Vaccination in Burma 1889-1999 - 1889-1999
Year: 1889
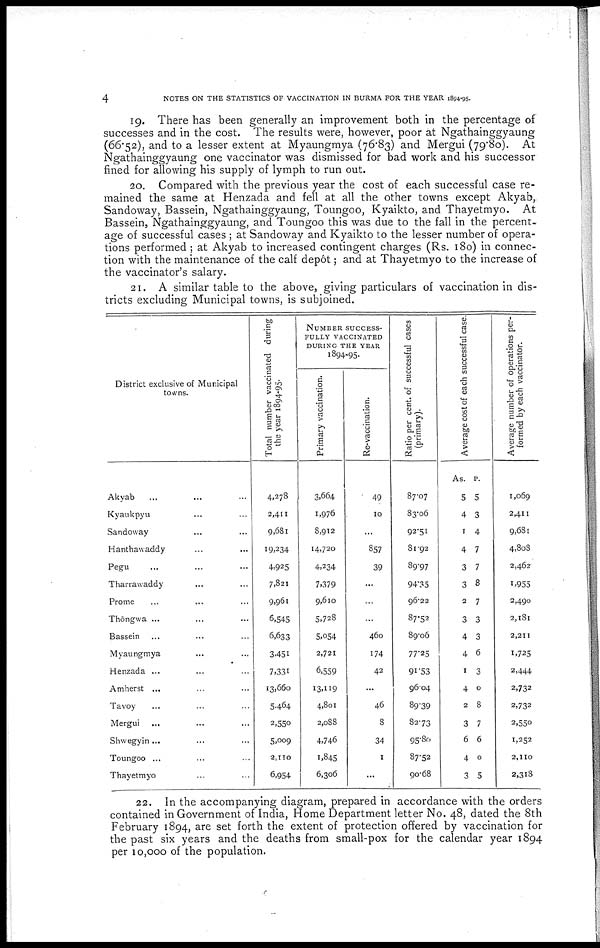
4
NOTES ON THE STATISTICS OF VACCINATION IN BURMA FOR THE YEAR 1894-95.
19. There has been generally an improvement both in the percentage of
successes and in the cost. The results were, however, poor at Ngathainggyaung
(66.52), and to a lesser extent at Myaungmya (76.83) and Mergui (79.80). At
Ngathainggyaung one vaccinator was dismissed for bad work and his successor
fined for allowing his supply of lymph to run out.
20. Compared with the previous year the cost of each successful case re-
mained the same at Henzada and fell at all the other towns except Akyab,.
Sandoway, Bassein, Ngathainggyaung, Toungoo, Kyaikto, and Thayetmyo. At
Bassein, Ngathainggyaung, and Toungoo this was due to the fall in the percent-
age of successful cases ; at Sandoway and Kyaikto to the lesser number of opera-
tions performed ; at Akyab to increased contingent charges (Rs. 180) in connec-
tion with the maintenance of the calf depôt; and at Thayetmyo to the increase of
the vaccinator's salary.
21. A similar table to the above, giving particulars of vaccination in dis-
tricts excluding Municipal towns, is subjoined.
District exclusive of Municipal
towns.
Akyab ... ... ...
Kyaukpyu ... ... ...
Sandoway ... ... ...
Hanthawaddy ... ... ...
Pegu ... ... ...
Tharrawaddy ... ... ...
Prome ... ... ...
Thôngwa ... ... ...
Bassein ... ... ...
Myaungmya ... ... ...
Henzada ... ... ...
Amherst ... ... ...
Tavoy ... ... ...
Mergui ... ... ...
Shwegyin ... ... ...
Toungoo ... ... ...
Thayetmyo ... ... ...
Total number vaccinated during
the year 1894-95.
4,278
2,411
9,681
19,234
4,925
7,821
9,961
6,545
6,633
3,451
7,331
13,660
5,464
2,550
5,009
2,110
6,954
NUMBER SUCCESS-
FULLY VACCINATED
DURING THE YEAR
1894-95.
Primary vaccination.
3,664
1,976
8,912
14,720
4,234
7,379
9,610
5,728
5,054
2,721
6,559
13,119
4,801
2,088
4,746
1,845
6,306
Re-vaccination.
49
10
...
857
39
...
...
...
460
174
42
...
46
8
34
1
...
Ratio per cent. of successful cases
(primary).
87.07
83.06
92.51
81.92
89.97
94.35
96.22
87.52
89.06
77.25
91.53
96.04
89.39
82.73
95.80
87.52
90.68
Average cost of each successful case.
As.
5
4
1
4
3
3
2
3
4
4
1
4
2
3
6
4
3
p.
5
3
4
7
7
8
7
3
3
6
3
0
8
7
6
0
5
Average number of operations per-
formed by each vaccinator.
1,069
2,411
9,681
4,808
2,462
1,955
2,490
2,181
2,211
1,725
2,444
2,732
2,732
2,550
1,252
2,110
2,318
22. In the accompanying diagram, prepared in accordance with the orders
contained in Government of India, Home Department letter No. 48, dated the 8th
February 1894, are set forth the extent of protection offered by vaccination for
the past six years and the deaths from small-pox for the calendar year 1894
per 10,000 of the population.